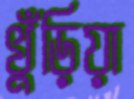
খুঁড়িয়া